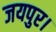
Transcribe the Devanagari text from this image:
जयपुर।